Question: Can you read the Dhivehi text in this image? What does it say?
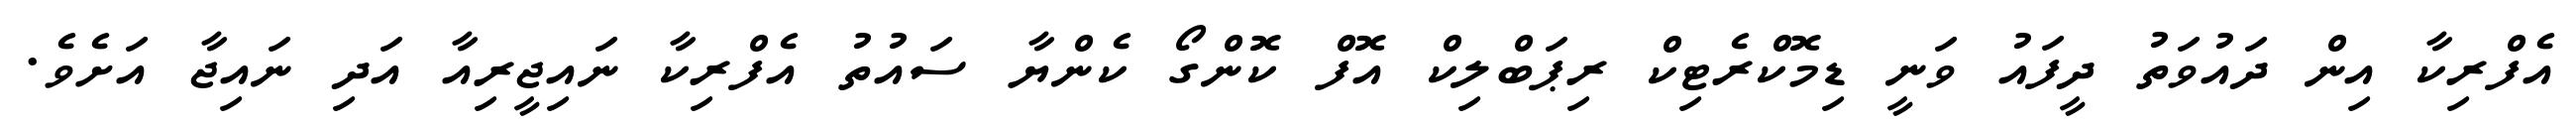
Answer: އެފްރިކާ އިން ދައުވަތު ދީފައު ވަނީ ޑިމޮކްރެޓިކް ރިޕަބްލިކް އޮފް ކޮންގޯ ކެންޔާ ސައުތު އެފްރިކާ ނައިޖީރިއާ އަދި ނައިޖާ އަށެވެ.